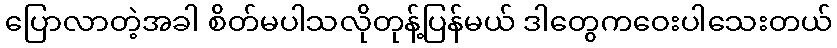
ပြောလာတဲ့အခါ စိတ်မပါသလိုတုန့်ပြန်မယ် ဒါတွေကဝေးပါသေးတယ်